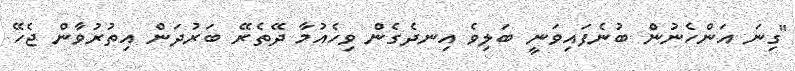
"ގިނަ އަންހެނުން ބުނެފައިވަނީ ބަލިވެ އިނދެގެން ވިހެއުމާ ދޭތެރޭ ބަރުދަން އިތުރުވާން ޖެހޭ